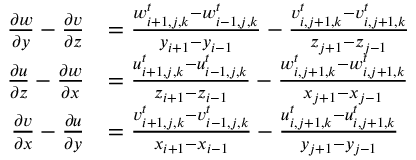
\begin{array} { r l } { \frac { \partial w } { \partial y } - \frac { \partial v } { \partial z } } & { = \frac { w _ { i + 1 , j , k } ^ { t } - w _ { i - 1 , j , k } ^ { t } } { y _ { i + 1 } - y _ { i - 1 } } - \frac { v _ { i , j + 1 , k } ^ { t } - v _ { i , j + 1 , k } ^ { t } } { z _ { j + 1 } - z _ { j - 1 } } } \\ { \frac { \partial u } { \partial z } - \frac { \partial w } { \partial x } } & { = \frac { u _ { i + 1 , j , k } ^ { t } - u _ { i - 1 , j , k } ^ { t } } { z _ { i + 1 } - z _ { i - 1 } } - \frac { w _ { i , j + 1 , k } ^ { t } - w _ { i , j + 1 , k } ^ { t } } { x _ { j + 1 } - x _ { j - 1 } } } \\ { \frac { \partial v } { \partial x } - \frac { \partial u } { \partial y } } & { = \frac { v _ { i + 1 , j , k } ^ { t } - v _ { i - 1 , j , k } ^ { t } } { x _ { i + 1 } - x _ { i - 1 } } - \frac { u _ { i , j + 1 , k } ^ { t } - u _ { i , j + 1 , k } ^ { t } } { y _ { j + 1 } - y _ { j - 1 } } } \end{array}